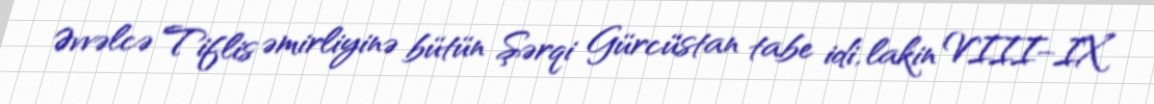
Əvvəlcə Tiflis əmirliyinə bütün Şərqi Gürcüstan tabe idi, lakin VIII–IX